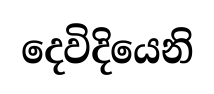
දෙවිදියෙනි